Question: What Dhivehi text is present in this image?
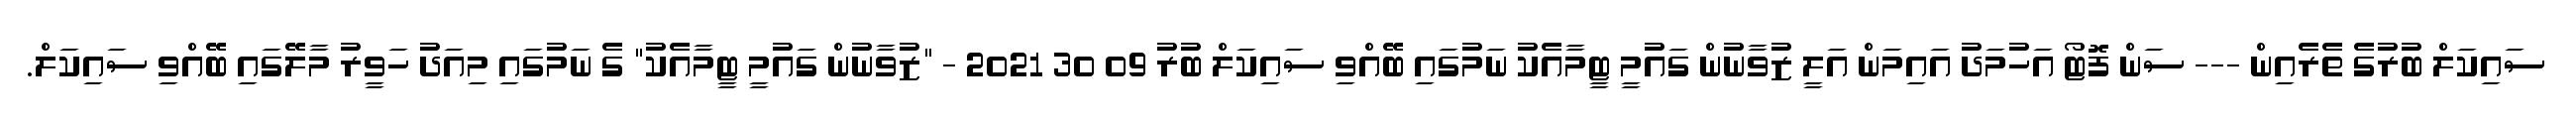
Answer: ސައިކަލް ބުރުގެ ތެރެއިން --- ސަން ފޮޓޯ އަހުމަދު އައިމަން އަލީ ޒުވާނުން ގައުމީ ޓީމާއެކު ނަމުގައި ބޭއްވި ސައިކަލް ބުރު 09 30 2021 - "ޒުވާނުން ގައުމީ ޓީމާއެކު" ގެ ނަމުގައި މިއަދު ހަވީރު މާލޭގައި ބޭއްވި ސައިކަލް.